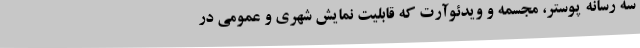
سه رسانه پوستر، مجسمه و ویدئوآرت که قابلیت نمایش شهری و عمومی در